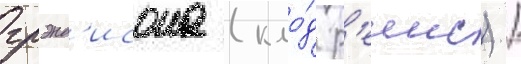
грэнд'исона (кло́д р'еинс) /